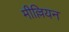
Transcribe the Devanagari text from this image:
मील्लियन